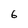
Character: 6